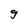
Character: g